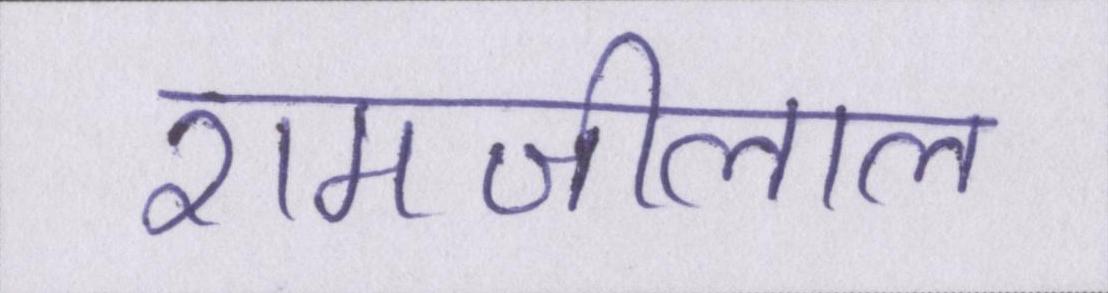
रामजीलाल